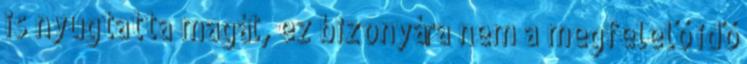
is nyugtatta magát, ez bizonyára nem a megfelelő idő